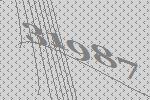
31987